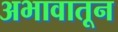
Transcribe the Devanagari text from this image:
अभावातून